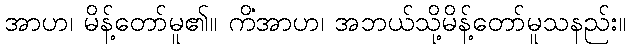
အာဟ၊ မိန့်တော်မူ၏။ ကိံအာဟ၊ အဘယ်သို့မိန့်တော်မူသနည်း။